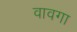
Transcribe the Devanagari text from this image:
वावगा